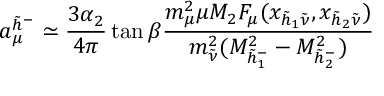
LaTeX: a _ { \mu } ^ { \tilde { h } ^ { - } } \simeq { \frac { 3 \alpha _ { 2 } } { 4 \pi } } \tan \beta { \frac { m _ { \mu } ^ { 2 } \mu M _ { 2 } F _ { \mu } ( x _ { \tilde { h } _ { 1 } \tilde { \nu } } , x _ { \tilde { h } _ { 2 } \tilde { \nu } } ) } { m _ { \tilde { \nu } } ^ { 2 } ( M _ { \tilde { h } _ { 1 } ^ { - } } ^ { 2 } - M _ { \tilde { h } _ { 2 } ^ { - } } ^ { 2 } ) } }